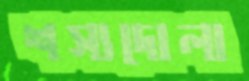
শস্যদোলা